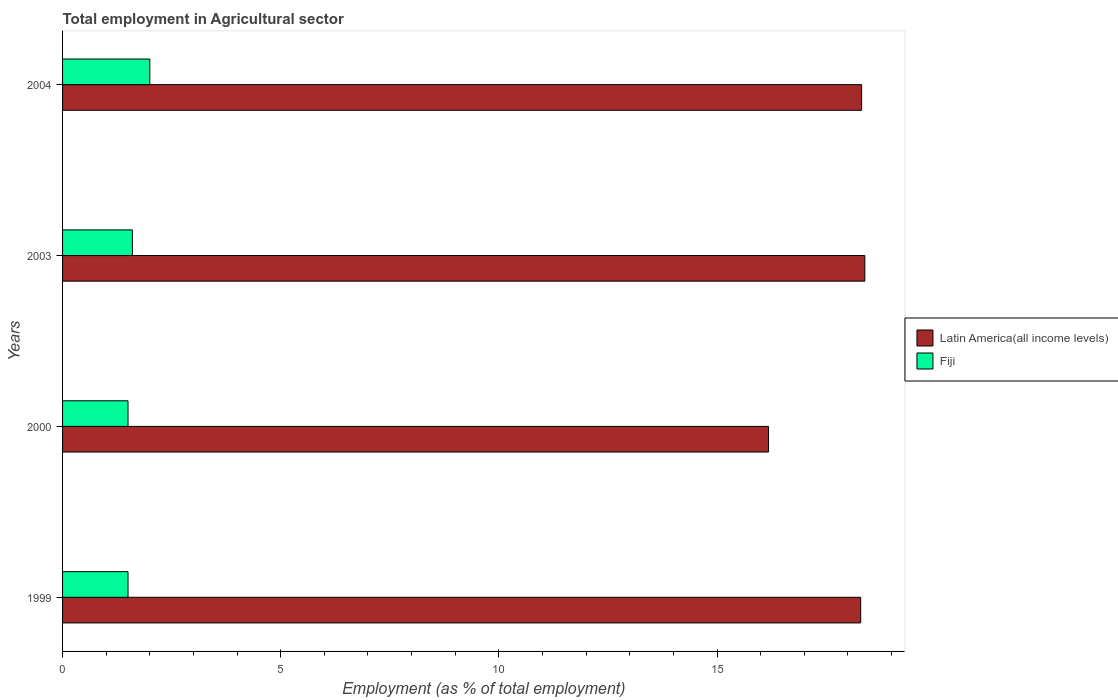
| Years | Latin America(all income levels) | Fiji |
 | --- | --- | --- |
 | 1999 | 18.3 | 1.5 |
 | 2000 | 16.2 | 1.5 |
 | 2003 | 18.4 | 1.6 |
 | 2004 | 18.3 | 2 |